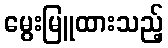
မွေးမြူထားသည့်